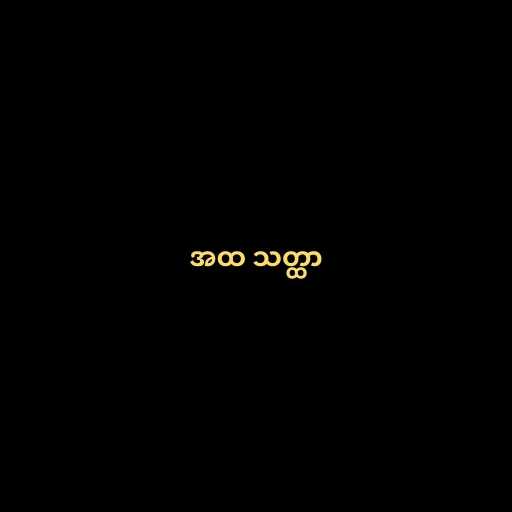
အထ သတ္ထာ